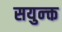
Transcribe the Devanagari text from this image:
सयुन्क्त